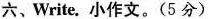
六、Write. 小作文。(5分)